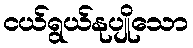
ငယ်ရွယ်နုပျိုသော